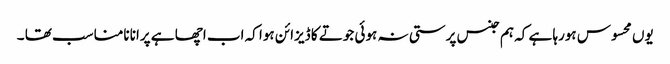
یوں محسوس ہورہا ہے کہ ہم جنس پرستی نہ ہوئی جوتے کا ڈیزائن ہوا کہ اب اچھا ہے پرانا نامناسب تھا ۔